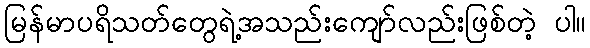
မြန်မာပရိသတ်တွေရဲ့အသည်းကျော်လည်းဖြစ်တဲ့ ပါ။